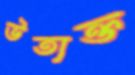
উত্যক্ত